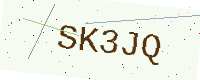
Text: SK3JQ